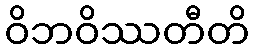
ဝိဘဝိဿတီတိ